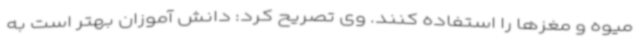
میوه و مغزها را استفاده کنند. وی تصریح کرد: دانش آموزان بهتر است به